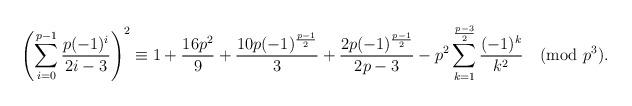
LaTeX: \begin{align*}\left(\sum_{i=0}^{p-1}\frac{p(-1)^{i}}{2i-3}\right)^2\equiv 1+\frac{16p^2}{9}+\frac{10p(-1)^{\frac{p-1}{2}}}{3}+\frac{2p(-1)^{\frac{p-1}{2}}}{2p-3}-p^2\sum_{k=1}^{\frac{p-3}{2}}\frac{(-1)^k}{k^2} \pmod{p^3}. \end{align*}